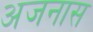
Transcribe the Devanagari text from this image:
अजनास